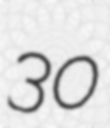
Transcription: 30